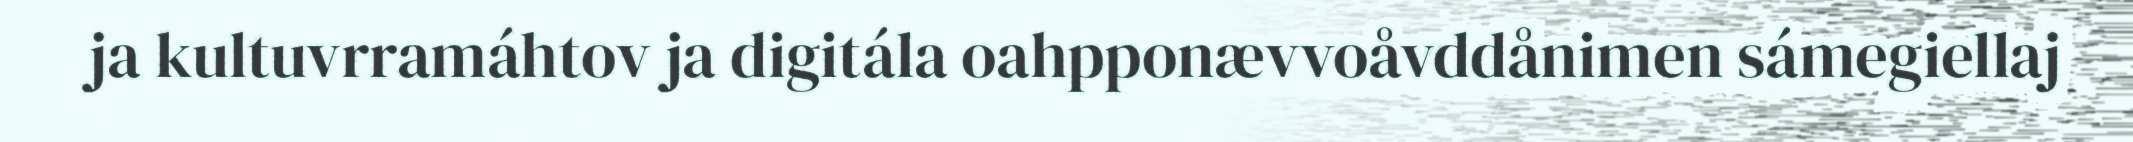
ja kultuvrramáhtov ja digitála oahpponævvoåvddånimen sámegiellaj